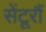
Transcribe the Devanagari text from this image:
सेंटूरौं